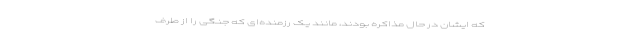
که ایشان در حال مذاکره بودند، مانند یک رزمنده‌ای که جنگی را از طرف